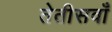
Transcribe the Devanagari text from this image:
तेतीसवाँ